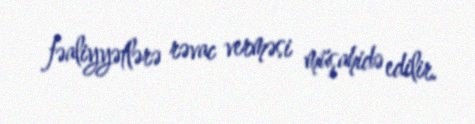
fəaliyyətlərə rəvac verməsi müşahidə edilir.